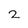
Character: 2